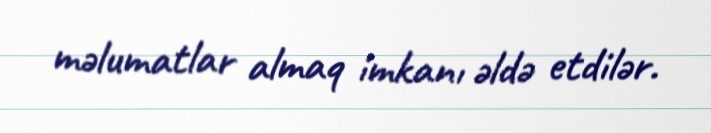
məlumatlar almaq imkanı əldə etdilər.